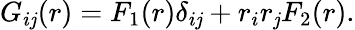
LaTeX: G_{i\mathit{j}}(r)=F_{1}(r)\delta_{i\mathit{j}}+r_{i}r_{\mathit{j}}F_{2}(r).